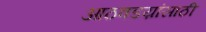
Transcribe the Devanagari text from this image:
आठवडय़ांसाठी